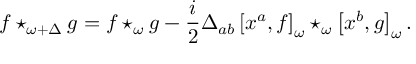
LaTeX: f \star _ { \omega + \Delta } g = f \star _ { \omega } g - \frac { i } { 2 } \Delta _ { a b } \left[ x ^ { a } , f \right] _ { \omega } \star _ { \omega } \left[ x ^ { b } , g \right] _ { \omega } .